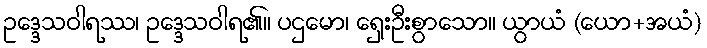
ဥဒ္ဒေသဝါရဿ၊ ဥဒ္ဒေသဝါရ၏။ ပဌမော၊ ရှေးဦးစွာသော။ ယွာယံ (ယော+အယံ)